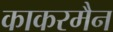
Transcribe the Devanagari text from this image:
काकरमैन